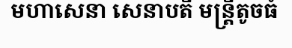
មហាសេនា សេនាបតី មន្ត្រីតូចធំ